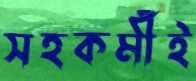
সহকর্মীই